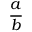
\frac { a } { b }